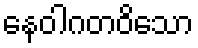
နေဝါဂတဝိသော